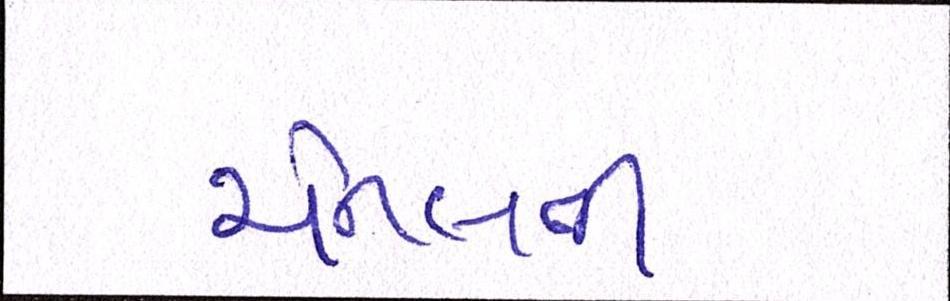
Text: ચેનલની